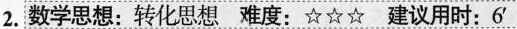
2.数学思想：转化思想 难度：☆☆☆ 建议用时：6'